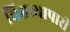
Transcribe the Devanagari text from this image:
विश्वव्यापारी